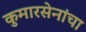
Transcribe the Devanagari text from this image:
कुमारसेनांचा